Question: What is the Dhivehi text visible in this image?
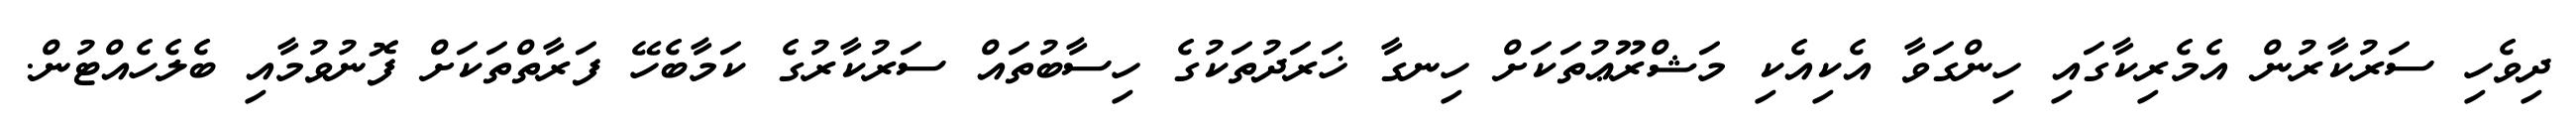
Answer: ދިވެހި ސަރުކާރުން އެމެރިކާގައި ހިންގަވާ އެކިއެކި މަޝްރޫޢުތަކަށް ހިނގާ ޚަރަދުތަކުގެ ހިސާބުތައް ސަރުކާރުގެ ކަމާބެހޭ ފަރާތްތަކަށް ފޮނުވުމާއި ބެލެހެއްޓުން.